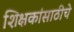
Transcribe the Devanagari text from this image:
शिक्षकांसाठीचे